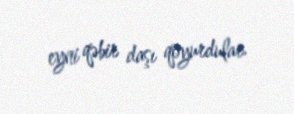
eyni qəbir daşı qoyurdular.